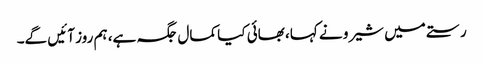
رستے میں شیرو نے کہا، بھائی کیا کمال جگہ ہے، ہم روز آئیں گے۔